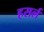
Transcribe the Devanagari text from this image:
हसर्ल